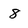
Character: 8